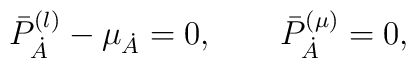
\bar{P}^{(\l )}_{\dot{A}} - \mu_{\dot{A}}= 0, \qquad\bar{P}^{(\mu )}_{\dot{A}} = 0,